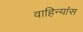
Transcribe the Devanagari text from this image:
वाहिन्यांस